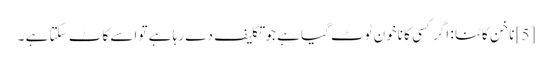
[5] ناخن کاٹنا : اگر کسی کا ناخون ٹوٹ گیا ہے جو تکلیف دے رہا ہے تو اسے کاٹ سکتا ہے ۔